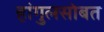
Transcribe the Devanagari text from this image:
हांगुलसोबत